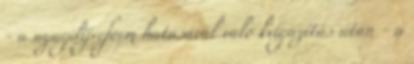
- a nyugdíjreform hatásával való kiigazítás után - a